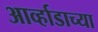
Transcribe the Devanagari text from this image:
आर्व्हाडाच्या